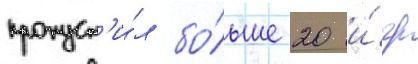
пропуст'и́л бо́льше 20 и́гр